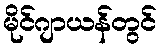
မိုင်ဂျာယန်တွင်